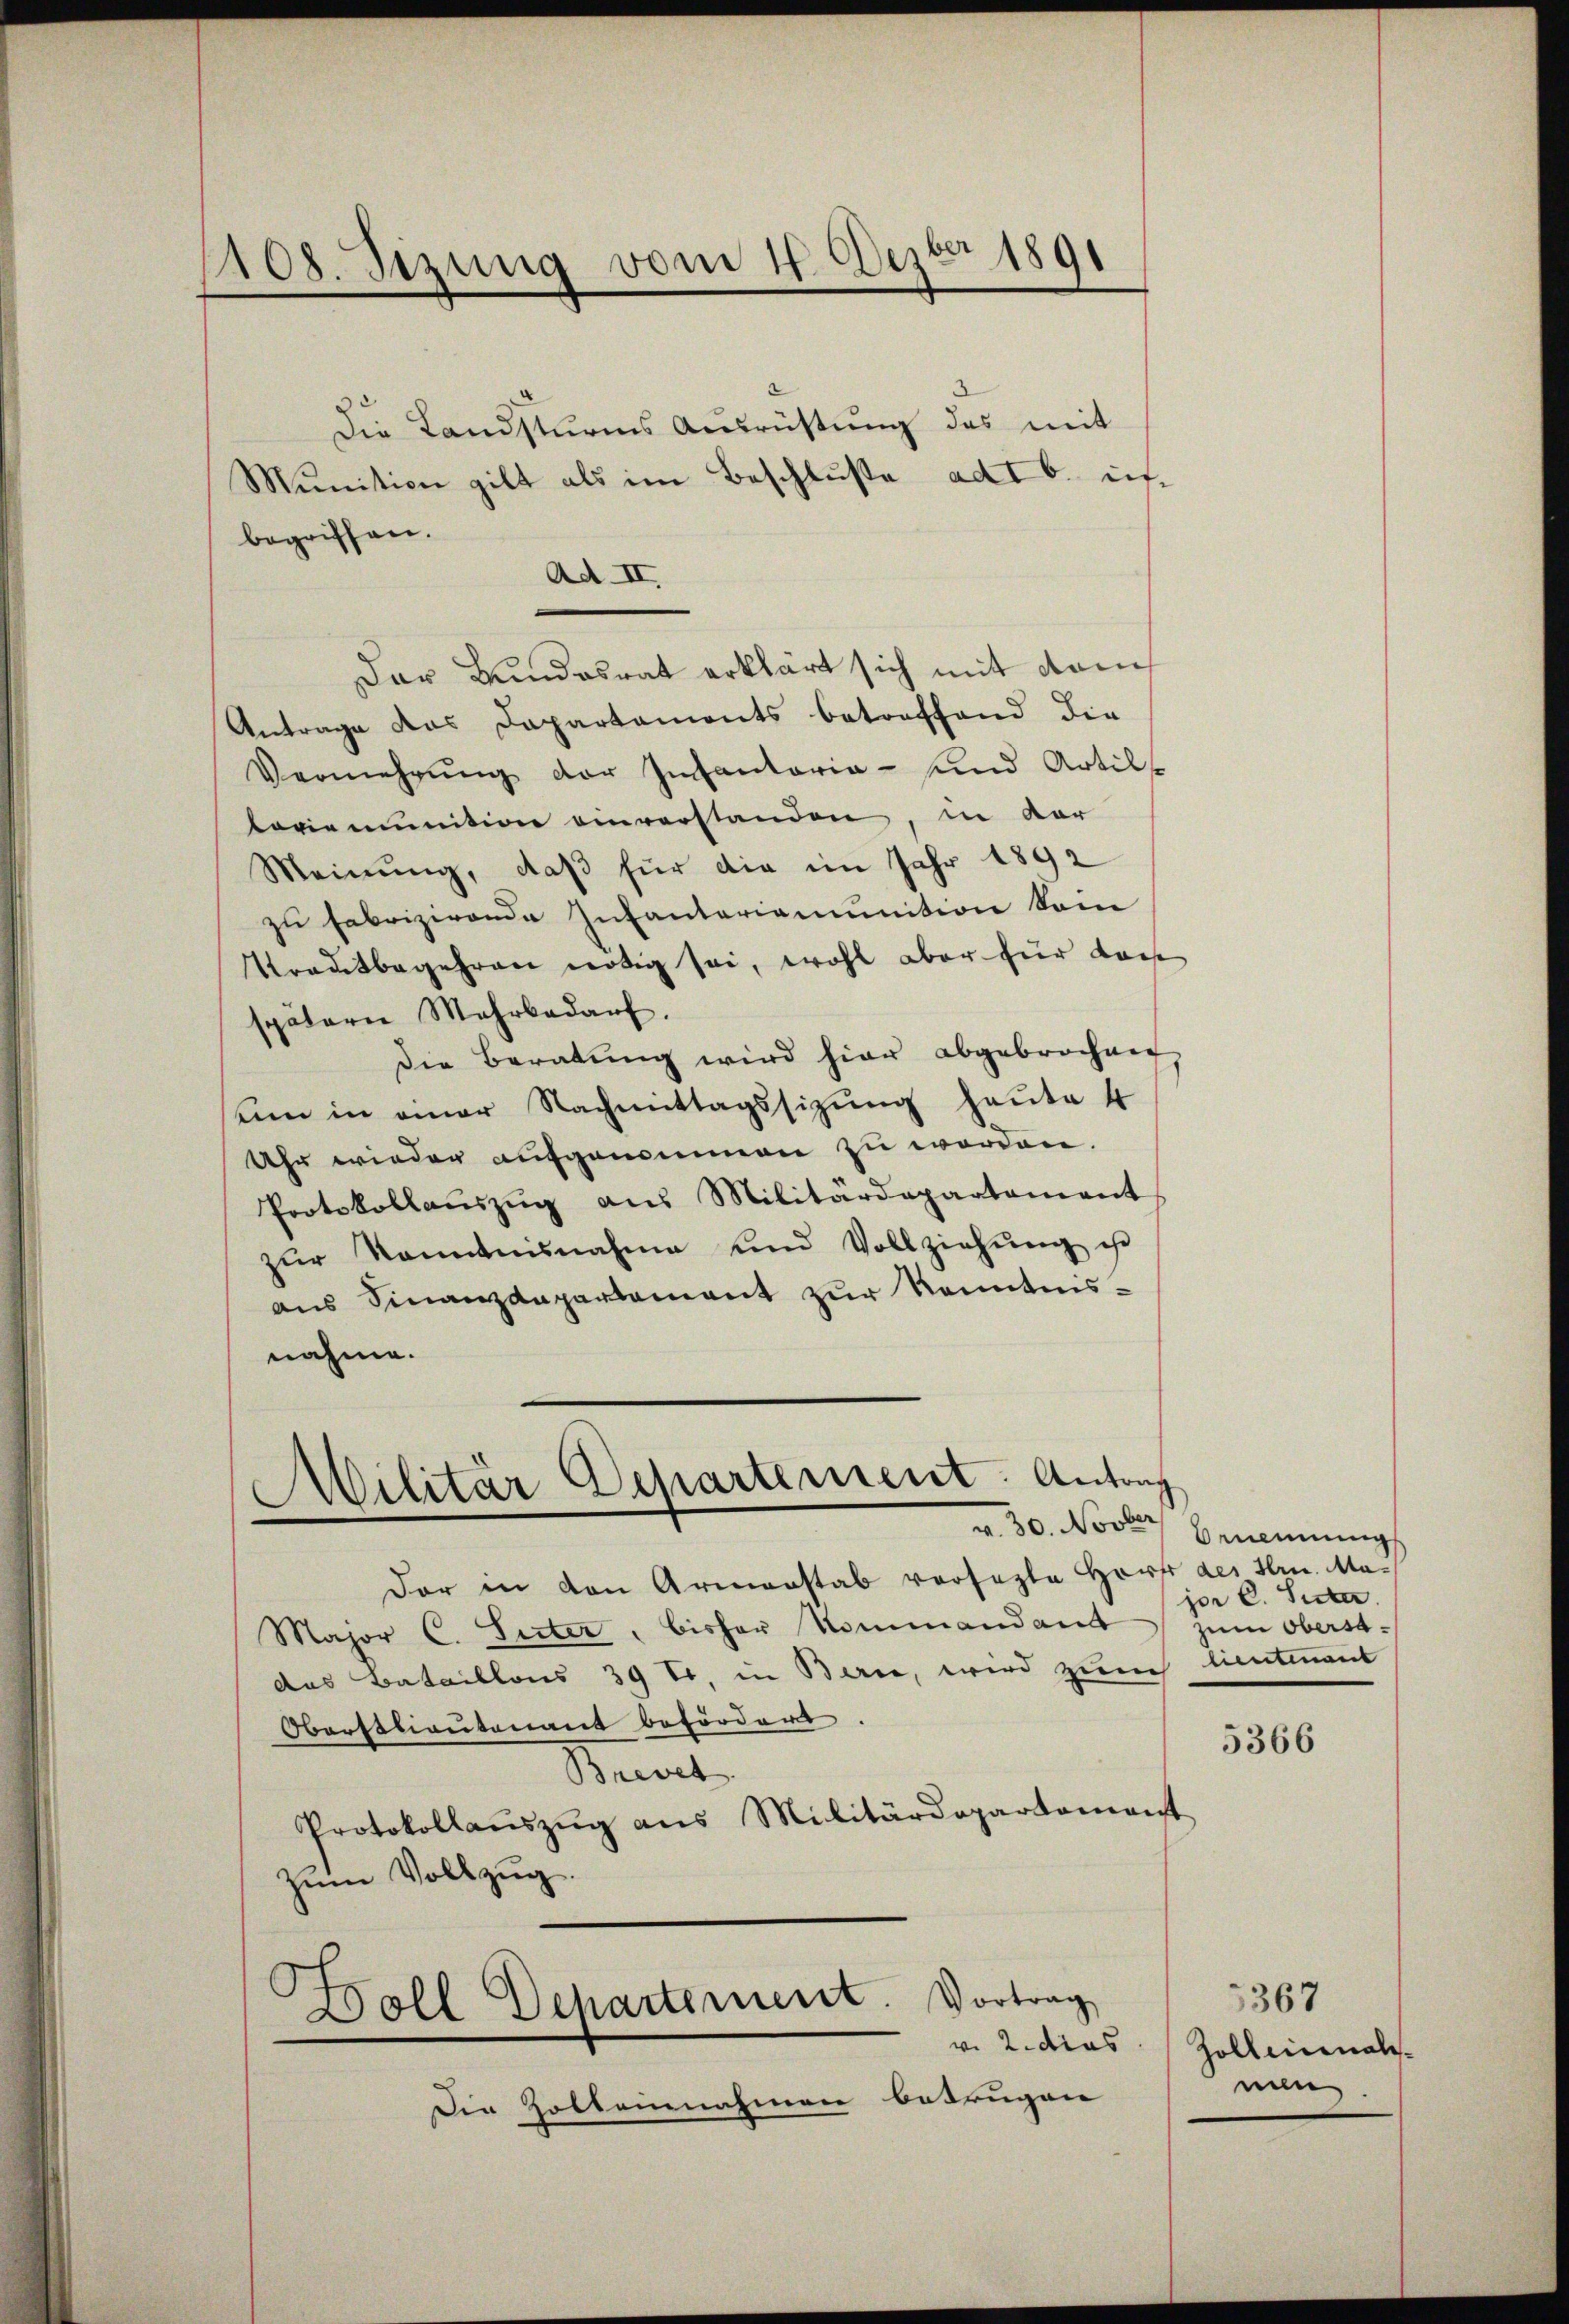
1108. Sizung vom 1. Dezbr 1891

Die Landsturms Ausrüstung das mit
Munition gibt als im Beschluße ad b. uf¬
Ad II,
Der Bundesrat erklärt sich mit dem
Antrage das Dapartaments betreffend die
Vermehrŭng der Infantaria - und Artil
lavienunition einverstanden, in vor
Meinung, daß für die im Jahr 1892
zu fabrizirende Infantariamunition kein
Trautbegehren nötig sei, wohl aber für dass
spätern Mehrbedarf.
Die Beratung wird hier abgebrochen
um in einer Nachmittagssizung heute 4
Uhr wieder aufgenommen zu worden.
Protokollaŭszŭg ans Militärdepartament
zŭr Kenntnisnahme und Vollziehŭng ist
ans Finanzdepartement zur Kenntnis-
nahme.

begriffen.

Militär Departement: Antrag
s
v. 30. Novber Benennung

Die Zoltennahmen betrügen

Der in den Armenstab versezte Hort des Hrn. Ma¬
Major C. Suter, bisher Kommandant zum Oberst-
das Bataillons 39 t, in Berne, wird zurch lieutenant
Oberstlieutenant befördert.
Beurt
Protokollaŭszŭg ans Militärdepartament
zŭm Vollzug.
Boll Departement Vortrag
v. 2. dies

jor C. Suter

5366

3367
Zolliinal
nun